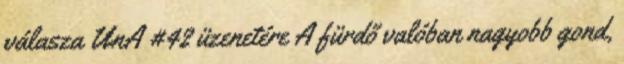
válasza UnA #42 üzenetére A fürdő valóban nagyobb gond,